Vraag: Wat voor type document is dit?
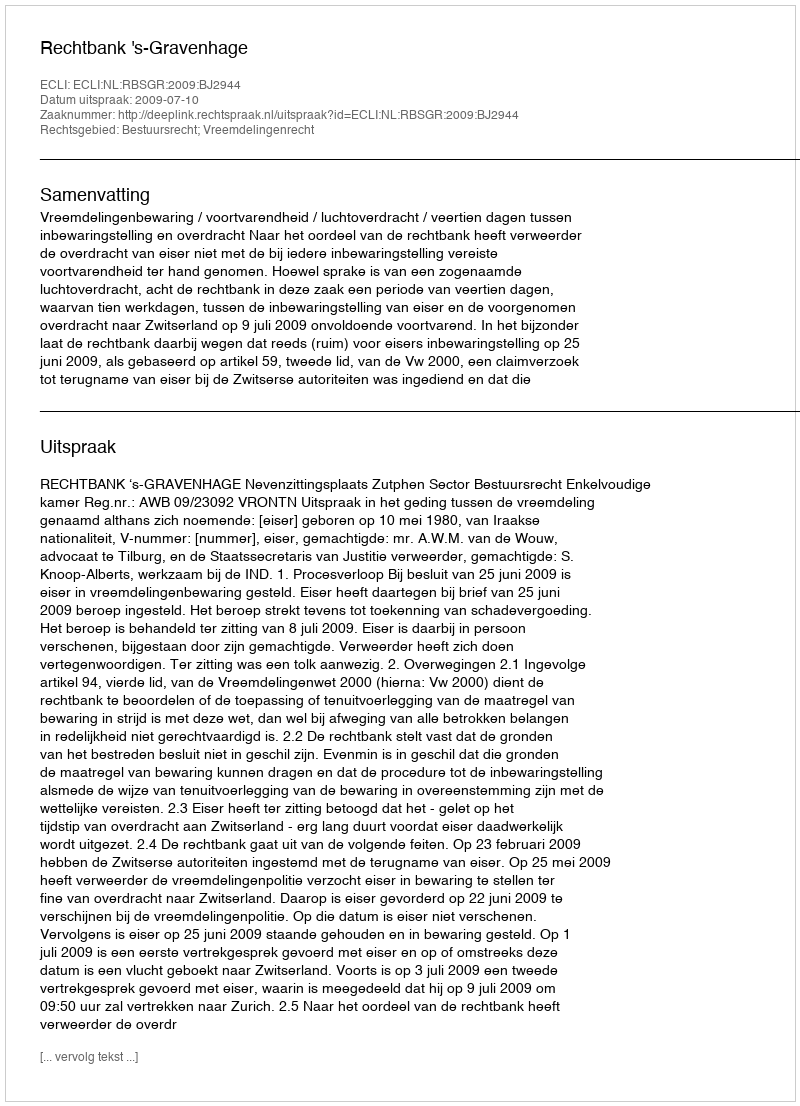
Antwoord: Uitspraak